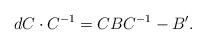
LaTeX: \begin{align*} dC\cdot C^{-1}=CBC^{-1}-B'. \end{align*}